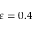
\varepsilon = 0 . 4